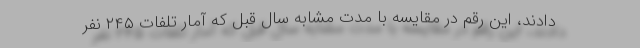
دادند، این رقم در مقایسه با مدت مشابه سال قبل که آمار تلفات ۲۴۵ نفر